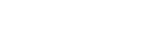
ဖြစ်မည်ထင်သည်